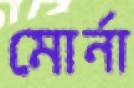
মোর্না